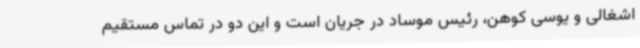
اشغالی و یوسی کوهن، رئیس موساد در جریان است و این دو در تماس مستقیم